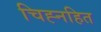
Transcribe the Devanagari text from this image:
चिह्नहित